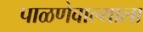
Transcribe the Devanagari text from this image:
पाळणेवाल्याला